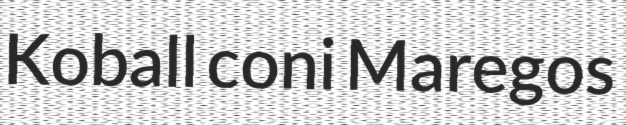
Koball coni Maregos